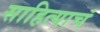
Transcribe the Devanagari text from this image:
साहित्याचं